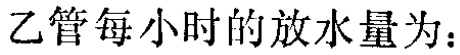
乙管每小时的放水量为：